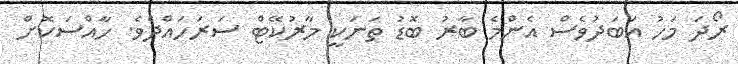
ރޯދަ މަހު އަބަދުވެސް އެންމެ ބާރު ބޮޑު ތަނަކީ މާރުކޭޓް ސަރަހައްދެވެ. ހާއްސަކޮށް